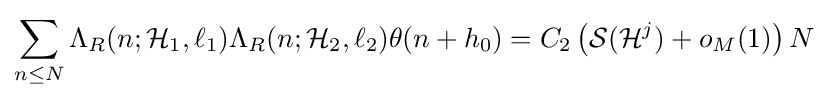
\sum \limits _{n\leq N}\Lambda _{R}(n;{\mathcal {H}}_{1},\ell _{1})\Lambda _{R}(n;{\mathcal {H}}_{2},\ell _{2})\theta (n+h_{0})=C_{2}\left({\mathcal {S}}({\mathcal {H}}^{j})+o_{M}(1)\right)N